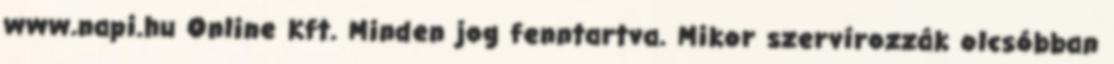
www.napi.hu Online Kft. Minden jog fenntartva. Mikor szervírozzák olcsóbban